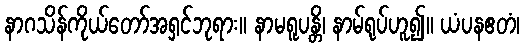
နာဂသိန်ကိုယ်တော်အရှင်ဘုရား။ နာမရူပန္တိ၊ နာမ်ရုပ်ဟူ၍။ ယံပနဧတံ၊